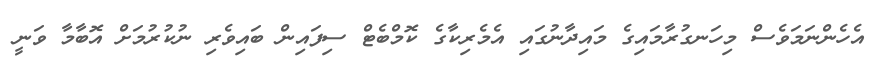
އެހެންނަމަވެސް މިހަނގުރާމައިގެ މައިދާނުގައި އެމެރިކާގެ ކޮމްބެޓް ސިފައިން ބައިވެރި ނުކުރުމަށް އޮބާމާ ވަނީ